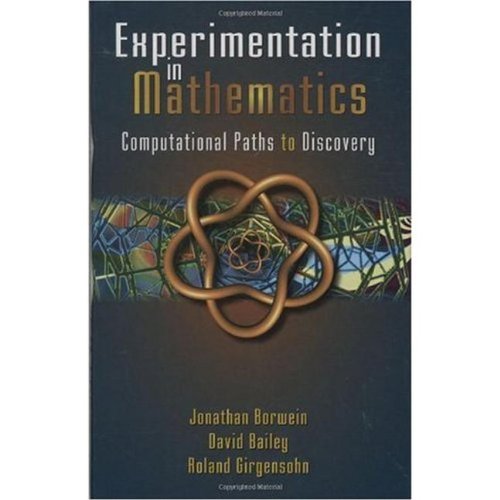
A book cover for Experimentation in Mathematics: Computational Paths to Discovery; Jonathan M. Borwein; Science & Math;